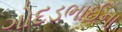
ગોદડભાઈના